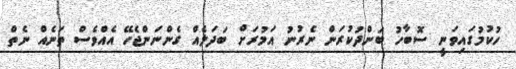
ހުކުމުގައިވަނީ ސޮބާހު ބަންދުކުރަން ނެރުނު އަމުރަށް ބަދަލެއް ގެންނަންޖެހޭ އެއްވެސް ތަނެއް ނެތް